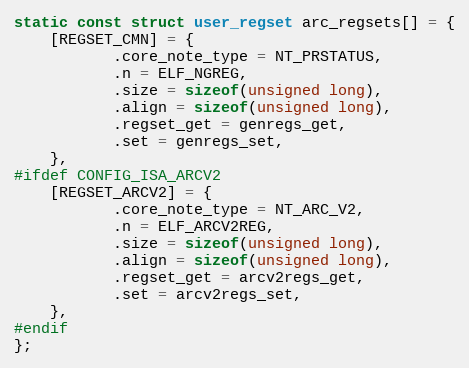
Language: C
static const struct user_regset arc_regsets[] = {
	[REGSET_CMN] = {
	       .core_note_type = NT_PRSTATUS,
	       .n = ELF_NGREG,
	       .size = sizeof(unsigned long),
	       .align = sizeof(unsigned long),
	       .regset_get = genregs_get,
	       .set = genregs_set,
	},
#ifdef CONFIG_ISA_ARCV2
	[REGSET_ARCV2] = {
	       .core_note_type = NT_ARC_V2,
	       .n = ELF_ARCV2REG,
	       .size = sizeof(unsigned long),
	       .align = sizeof(unsigned long),
	       .regset_get = arcv2regs_get,
	       .set = arcv2regs_set,
	},
#endif
};